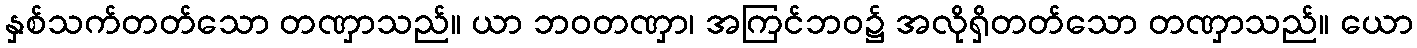
နှစ်သက်တတ်သော တဏှာသည်။ ယာ ဘဝတဏှာ၊ အကြင်ဘဝ၌ အလိုရှိတတ်သော တဏှာသည်။ ယော